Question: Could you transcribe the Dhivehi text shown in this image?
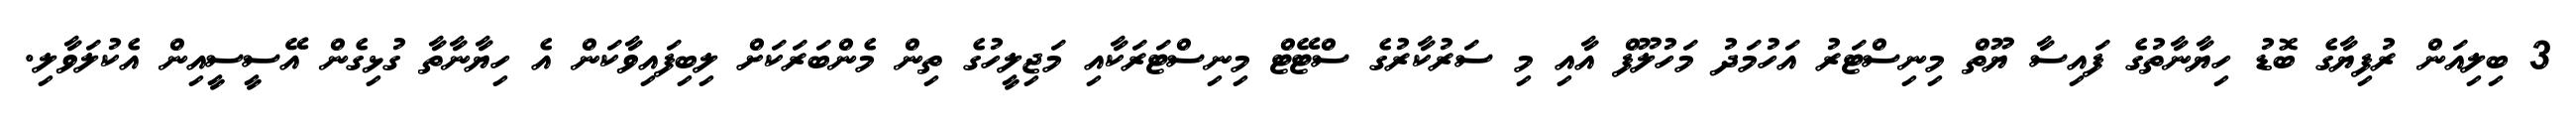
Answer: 3 ބިލިއަން ރުފިޔާގެ ބޮޑު ހިޔާނާތުގެ ފައިސާ ޔޫތް މިނިސްޓަރު އަހުމަދު މަހުލޫފް އާއި މި ސަރުކާރުގެ ސްޓޭޓް މިނިސްޓަރަކާއި މަޖިލީހުގެ ތިން މެންބަރަކަށް ލިބިފައިވާކަން އެ ހިޔާނާތާ ގުޅިގެން އޭސީސީއިން އެކުލަވާލި.